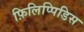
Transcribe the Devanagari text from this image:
फ़िलिप्पिडिस